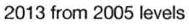
2013 from 2005 levels